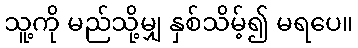
သူ့ကို မည်သို့မျှ နှစ်သိမ့်၍ မရပေ။